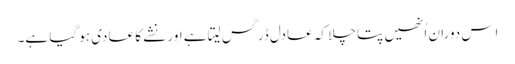
اِس دوران اُنھیں پتا چلا کہ عادل ڈرگس لیتا ہے اور نشے کا عادی ہو گیا ہے۔